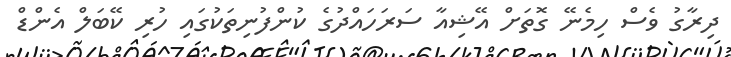
ދިރާގު ވެސް ހިމެނޭ ގޮތަށް އޭޝިއާ ސަރަހައްދުގެ ކުންފުނިތަކުގައި ހުރި ކޭބަލް އެންޑް